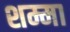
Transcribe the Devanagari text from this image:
शम्मा